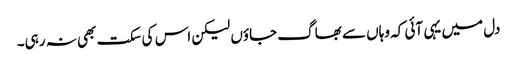
دل میں یہی آئی کہ وہاں سے بھاگ جاؤں لیکن اس کی سکت بھی نہ رہی۔